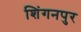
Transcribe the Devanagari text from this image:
शिंगनपुर